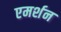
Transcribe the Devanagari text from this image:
एमर्शन